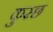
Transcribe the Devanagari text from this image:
कुस्छ